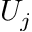
U _ { j }